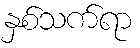
နှစ်သက်ရာ